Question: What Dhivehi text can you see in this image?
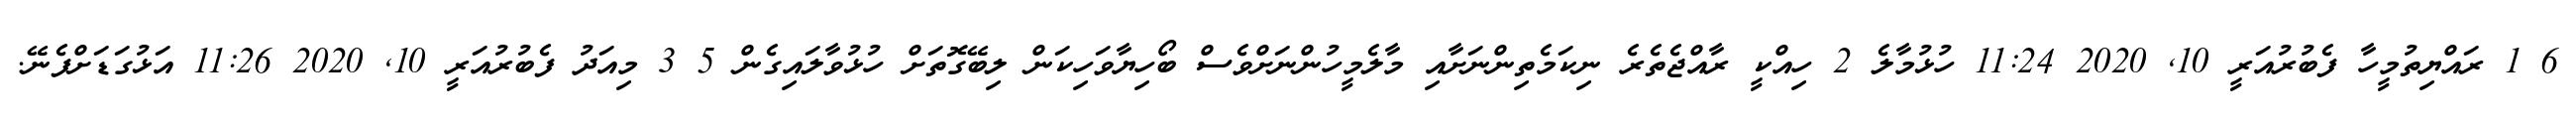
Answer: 6 1 ރައްޔިތުމީހާ ފެބުރުއަރީ 10, 2020 11:24 ހުޅުމާލެ 2 ހިއްކީ ރާއްޖެތެރެ ނިކަމެތިންނަށާއި މާލެމީހުންނަށްވެސް ބޯހިޔާވަހިކަން ލިބޭގޮތަށް ހުޅުވާލައިގެން 5 3 މިއަދު ފެބުރުއަރީ 10, 2020 11:26 އަޅުގަޑަށްފެނޭ.